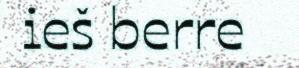
ieš berre